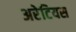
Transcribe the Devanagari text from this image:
अरेटियस